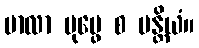
မာလာ ပုပ္ဖေ စ ပန္တိယံ။